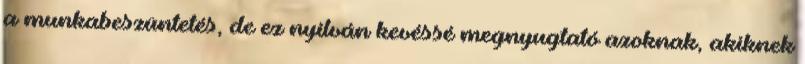
a munkabeszüntetés, de ez nyilván kevéssé megnyugtató azoknak, akiknek